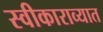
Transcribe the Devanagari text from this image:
स्वीकाराव्यात